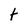
Character: t